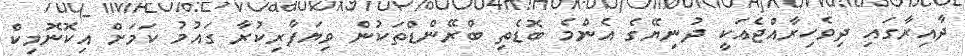
ދާއިރާގައި ދިވެހިރާއްޖެއަކީ ދުނިޔޭގެ އެންމެ ބޮޑެތި ބްރޭންޑްތަކުން ވިޔަފާރިކުރާ ގައުމު ކަމަށް އިކޮނޮމިކް